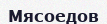
Мясоедов